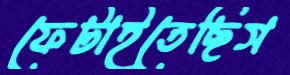
ফেটাইতেছিস